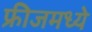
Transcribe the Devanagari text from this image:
फ्रीजमध्ये